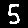
Digit: 5